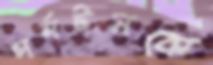
চার্লটনকে